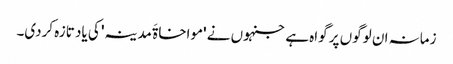
زمانہ ان لوگوں پر گواہ ہے جنہوں نے 'مواخاۃَ مدینہ' کی یاد تازہ کردی۔